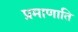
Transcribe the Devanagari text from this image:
प्रमाणाति